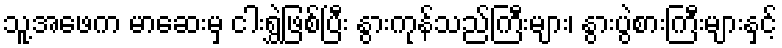
သူ့အဖေက မာဆေးမှ ငါးရွှဲဖြစ်ပြီး နွားကုန်သည်ကြီးများ၊ နွားပွဲစားကြီးများနှင့်